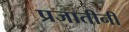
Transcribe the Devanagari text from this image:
प्रजातीनी